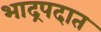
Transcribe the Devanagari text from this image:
भाद्रपदात